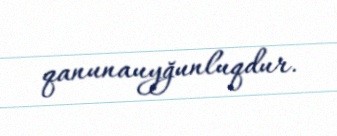
qanunauyğunluqdur.